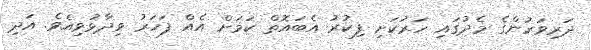
ދަރިވަަރުންގެ މެދުގައި ހަރުކަށި ފިކުރު އެބައޮތް ކަަމަށް އެއް ފަހަރު ވިދާޅުވިއެވެ. އަދި